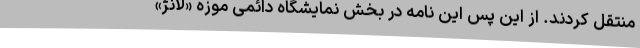
منتقل کردند. از این پس این نامه در بخش نمایشگاه دائمی موزه «لانژ»